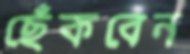
ছেঁকবেন